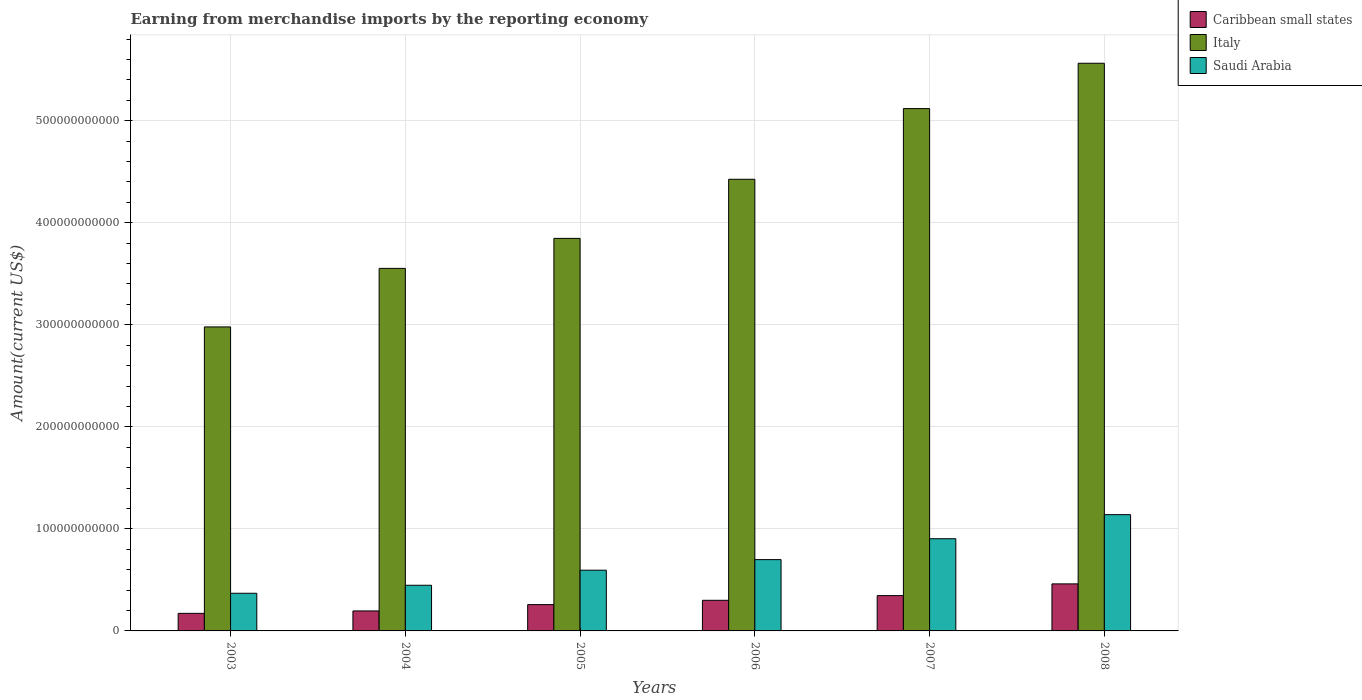
| Years | Caribbean small states | Italy | Saudi Arabia |
 | --- | --- | --- | --- |
 | 2003 | 1.72e+10 | 2.98e+11 | 3.69e+10 |
 | 2004 | 1.96e+10 | 3.55e+11 | 4.47e+10 |
 | 2005 | 2.58e+10 | 3.85e+11 | 5.95e+10 |
 | 2006 | 3e+10 | 4.43e+11 | 6.99e+10 |
 | 2007 | 3.46e+10 | 5.12e+11 | 9.04e+10 |
 | 2008 | 4.61e+10 | 5.56e+11 | 1.14e+11 |